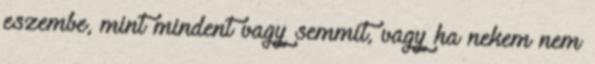
eszembe, mint mindent vagy semmit, vagy ha nekem nem